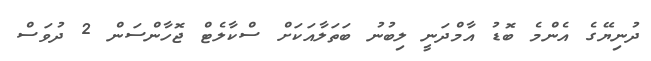
ދުނިޔޭގެ އެންމެ ބޮޑު އާމްދަނީ ލިބުނު ބަތަލާއަކަށް ސްކާލެޓް ޖޮހާންސަން 2 ދުވަސް